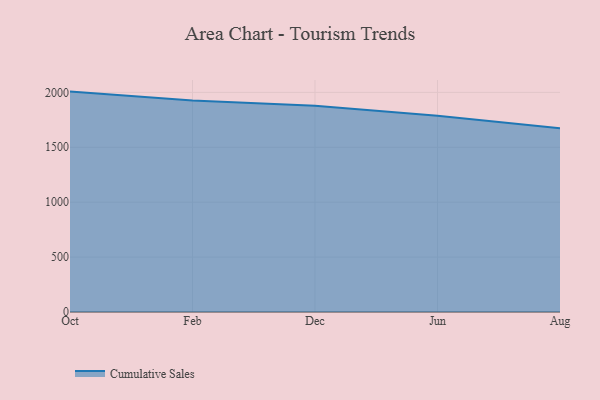
{"axis": {"x": "Month", "y": "Temperature (°C)"}, "legend": ["Cumulative Sales"], "data": [{"x": "Oct", "y": 2007.2, "type": "Cumulative Sales"}, {"x": "Feb", "y": 1925.8, "type": "Cumulative Sales"}, {"x": "Dec", "y": 1877.5, "type": "Cumulative Sales"}, {"x": "Jun", "y": 1787.3, "type": "Cumulative Sales"}, {"x": "Aug", "y": 1673.6, "type": "Cumulative Sales"}]}